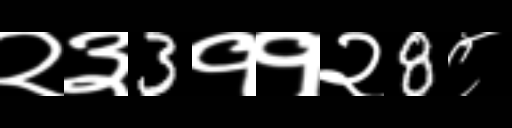
Text: २३3११२8८